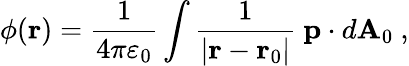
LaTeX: \phi(\mathbf{r})={\frac{1}{4\pi\varepsilon_{0}}}\int{\frac{1}{\left|\mathbf{r}-\mathbf{r}_{0}\right|}}\ \mathbf{p}\cdot d\mathbf{A}_{0}\ ,